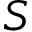
S